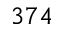
3 7 4